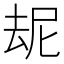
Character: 𪠝